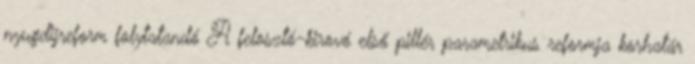
nyugdijreform folytatandó A felosztó-kirovó első pillér parametrikus reformja korhatár